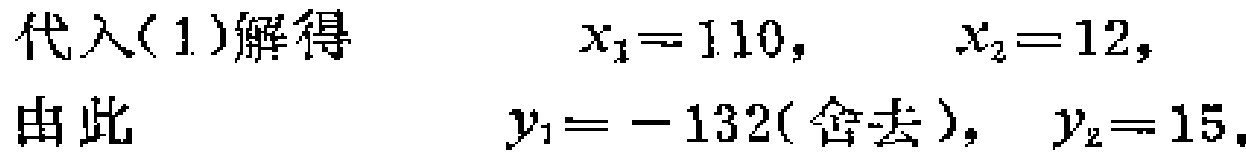
代入(1)解得 \(\quad x_{1}=110,\quad x_{2}=12,\)

由此 \(\quad y_{1}=-132(\text{舍去}),\quad y_{2}=15.\)